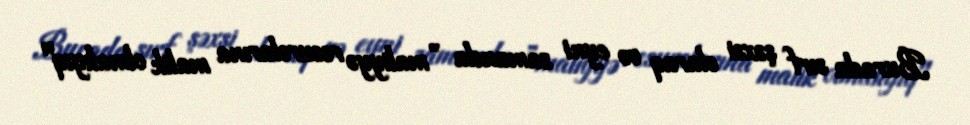
Burada sırf şəxsi olaraq və eyni zamanda ”maliyyə resurslarına malik olmalıyıq"